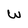
Character: W